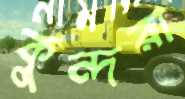
কুন্দরা